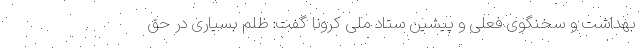
بهداشت و سخنگوی فعلی و پیشین ستاد ملی کرونا گفت: ظلم بسیاری در حق